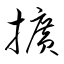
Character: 擴